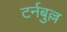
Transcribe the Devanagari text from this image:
टर्नबुल्ल